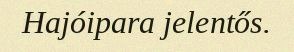
Hajóipara jelentős.